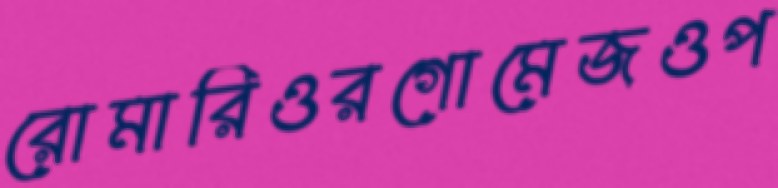
রোমারিওরগোমেজওপ